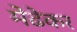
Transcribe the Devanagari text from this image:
मेंढेकर